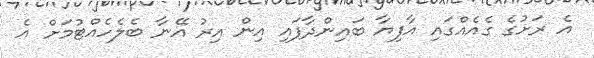
އެ ރަށުގެ ގެއެއްގައި އާފިޔާ ބައިންދާފައި އިން އިރު އޭނާ ބެލެހެއްޓުމަށް އެ